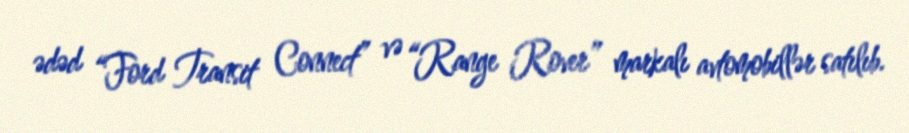
ədəd “Ford Transit Connect” və “Range Rover” markalı avtomobillər satılıb.